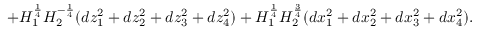
+ H _ { 1 } ^ { \frac { 1 } { 4 } } H _ { 2 } ^ { - \frac { 1 } { 4 } } ( d z _ { 1 } ^ { 2 } + d z _ { 2 } ^ { 2 } + d z _ { 3 } ^ { 2 } + d z _ { 4 } ^ { 2 } ) + H _ { 1 } ^ { \frac { 1 } { 4 } } H _ { 2 } ^ { \frac { 3 } { 4 } } ( d x _ { 1 } ^ { 2 } + d x _ { 2 } ^ { 2 } + d x _ { 3 } ^ { 2 } + d x _ { 4 } ^ { 2 } ) .